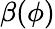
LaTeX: \beta(\phi)